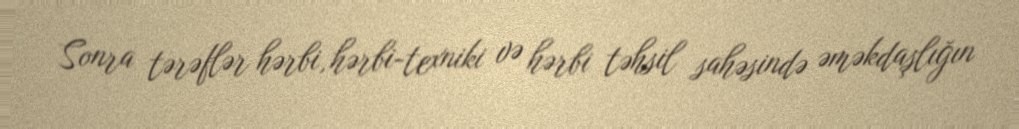
Sonra tərəflər hərbi, hərbi-texniki və hərbi təhsil sahəsində əməkdaşlığın